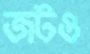
জটও